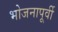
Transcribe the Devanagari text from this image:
भोजनापूर्वी